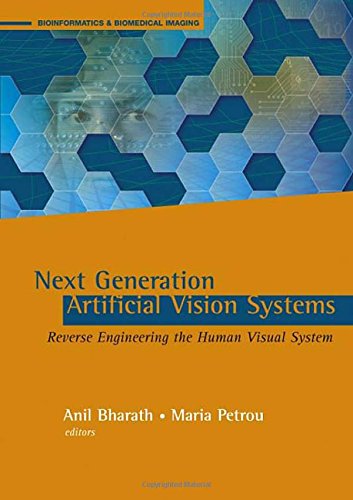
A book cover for Next Generation Artificial Vision Systems: Reverse Engineering the Human Visual System (Artech House Series Bioinformatics & Biomedical Imaging); Computers & Technology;